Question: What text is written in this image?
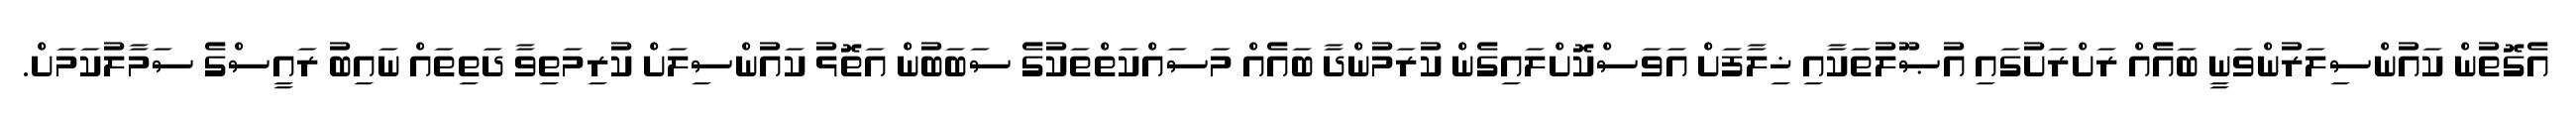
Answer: އެގޮތުން ކައުންސިލަރުންވަނީ ބައެއް ރަށްރަށުގައި އުޞޫލުތަކާއި ޚިލާފަށް އަވަސްކޮށްލައިގެން ކުރަމުންދާ ބައެއް މަސައްކަތްތަކުގެ ސަބަބުން އަތޮޅު ކައުންސިލަށް ކުރިމަތިވާ ދަތިތައް ނައިބު ރައީސްގެ ސަމާލުކަމަށް.